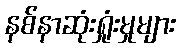
နစ်နာဆုံးရှုံးမှုများ